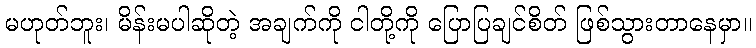
မဟုတ်ဘူး၊ မိန်းမပါဆိုတဲ့ အချက်ကို ငါတို့ကို ပြောပြချင်စိတ် ဖြစ်သွားတာနေမှာ။